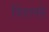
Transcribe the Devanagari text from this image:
विरामो